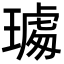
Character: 𤩁